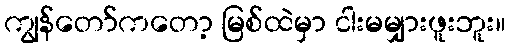
ကျွန်တော်ကတော့ မြစ်ထဲမှာ ငါးမမျှားဖူးဘူး။